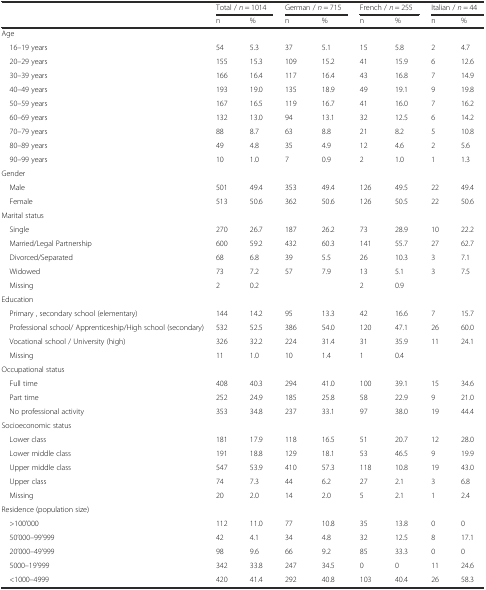
<table><thead><tr><td></td><td colspan="2"><b>Total / <i>n</i> = 1014</b></td><td colspan="2"><b>German / <i>n</i> = 715</b></td><td colspan="2"><b>French / <i>n</i> = 255</b></td><td colspan="2"><b>Italian / <i>n</i> = 44</b></td></tr><tr><td></td><td><b>n</b></td><td><b>%</b></td><td><b>n</b></td><td><b>%</b></td><td><b>n</b></td><td><b>%</b></td><td><b>n</b></td><td><b>%</b></td></tr></thead><tbody><tr><td colspan="9">Age</td></tr><tr><td> 16–19 years</td><td>54</td><td>5.3</td><td>37</td><td>5.1</td><td>15</td><td>5.8</td><td>2</td><td>4.7</td></tr><tr><td> 20–29 years</td><td>155</td><td>15.3</td><td>109</td><td>15.2</td><td>41</td><td>15.9</td><td>6</td><td>12.6</td></tr><tr><td> 30–39 years</td><td>166</td><td>16.4</td><td>117</td><td>16.4</td><td>43</td><td>16.8</td><td>7</td><td>14.9</td></tr><tr><td> 40–49 years</td><td>193</td><td>19.0</td><td>135</td><td>18.9</td><td>49</td><td>19.1</td><td>9</td><td>19.8</td></tr><tr><td> 50–59 years</td><td>167</td><td>16.5</td><td>119</td><td>16.7</td><td>41</td><td>16.0</td><td>7</td><td>16.2</td></tr><tr><td> 60–69 years</td><td>132</td><td>13.0</td><td>94</td><td>13.1</td><td>32</td><td>12.5</td><td>6</td><td>14.2</td></tr><tr><td> 70–79 years</td><td>88</td><td>8.7</td><td>63</td><td>8.8</td><td>21</td><td>8.2</td><td>5</td><td>10.8</td></tr><tr><td> 80–89 years</td><td>49</td><td>4.8</td><td>35</td><td>4.9</td><td>12</td><td>4.6</td><td>2</td><td>5.6</td></tr><tr><td> 90–99 years</td><td>10</td><td>1.0</td><td>7</td><td>0.9</td><td>2</td><td>1.0</td><td>1</td><td>1.3</td></tr><tr><td colspan="9">Gender</td></tr><tr><td> Male</td><td>501</td><td>49.4</td><td>353</td><td>49.4</td><td>126</td><td>49.5</td><td>22</td><td>49.4</td></tr><tr><td> Female</td><td>513</td><td>50.6</td><td>362</td><td>50.6</td><td>126</td><td>50.5</td><td>22</td><td>50.6</td></tr><tr><td colspan="9">Marital status</td></tr><tr><td> Single</td><td>270</td><td>26.7</td><td>187</td><td>26.2</td><td>73</td><td>28.9</td><td>10</td><td>22.2</td></tr><tr><td> Married/Legal Partnership</td><td>600</td><td>59.2</td><td>432</td><td>60.3</td><td>141</td><td>55.7</td><td>27</td><td>62.7</td></tr><tr><td> Divorced/Separated</td><td>68</td><td>6.8</td><td>39</td><td>5.5</td><td>26</td><td>10.3</td><td>3</td><td>7.1</td></tr><tr><td> Widowed</td><td>73</td><td>7.2</td><td>57</td><td>7.9</td><td>13</td><td>5.1</td><td>3</td><td>7.5</td></tr><tr><td> Missing</td><td>2</td><td>0.2</td><td></td><td></td><td>2</td><td>0.9</td><td></td><td></td></tr><tr><td colspan="9">Education</td></tr><tr><td> Primary , secondary school (elementary)</td><td>144</td><td>14.2</td><td>95</td><td>13.3</td><td>42</td><td>16.6</td><td>7</td><td>15.7</td></tr><tr><td> Professional school/ Apprenticeship/High school (secondary)</td><td>532</td><td>52.5</td><td>386</td><td>54.0</td><td>120</td><td>47.1</td><td>26</td><td>60.0</td></tr><tr><td> Vocational school / University (high)</td><td>326</td><td>32.2</td><td>224</td><td>31.4</td><td>31</td><td>35.9</td><td>11</td><td>24.1</td></tr><tr><td> Missing</td><td>11</td><td>1.0</td><td>10</td><td>1.4</td><td>1</td><td>0.4</td><td></td><td></td></tr><tr><td colspan="9">Occupational status</td></tr><tr><td> Full time</td><td>408</td><td>40.3</td><td>294</td><td>41.0</td><td>100</td><td>39.1</td><td>15</td><td>34.6</td></tr><tr><td> Part time</td><td>252</td><td>24.9</td><td>185</td><td>25.8</td><td>58</td><td>22.9</td><td>9</td><td>21.0</td></tr><tr><td> No professional activity</td><td>353</td><td>34.8</td><td>237</td><td>33.1</td><td>97</td><td>38.0</td><td>19</td><td>44.4</td></tr><tr><td colspan="9">Socioeconomic status</td></tr><tr><td> Lower class</td><td>181</td><td>17.9</td><td>118</td><td>16.5</td><td>51</td><td>20.7</td><td>12</td><td>28.0</td></tr><tr><td> Lower middle class</td><td>191</td><td>18.8</td><td>129</td><td>18.1</td><td>53</td><td>46.5</td><td>9</td><td>19.9</td></tr><tr><td> Upper middle class</td><td>547</td><td>53.9</td><td>410</td><td>57.3</td><td>118</td><td>10.8</td><td>19</td><td>43.0</td></tr><tr><td> Upper class</td><td>74</td><td>7.3</td><td>44</td><td>6.2</td><td>27</td><td>2.1</td><td>3</td><td>6.8</td></tr><tr><td> Missing</td><td>20</td><td>2.0</td><td>14</td><td>2.0</td><td>5</td><td>2.1</td><td>1</td><td>2.4</td></tr><tr><td colspan="9">Residence (population size)</td></tr><tr><td> &gt;100’000</td><td>112</td><td>11.0</td><td>77</td><td>10.8</td><td>35</td><td>13.8</td><td>0</td><td>0</td></tr><tr><td> 50’000–99’999</td><td>42</td><td>4.1</td><td>34</td><td>4.8</td><td>32</td><td>12.5</td><td>8</td><td>17.1</td></tr><tr><td> 20’000–49’999</td><td>98</td><td>9.6</td><td>66</td><td>9.2</td><td>85</td><td>33.3</td><td>0</td><td>0</td></tr><tr><td> 5000–19’999</td><td>342</td><td>33.8</td><td>247</td><td>34.5</td><td>0</td><td>0</td><td>11</td><td>24.6</td></tr><tr><td> &lt;1000–4999</td><td>420</td><td>41.4</td><td>292</td><td>40.8</td><td>103</td><td>40.4</td><td>26</td><td>58.3</td></tr></tbody></table>